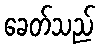
ခေတ်သည်